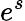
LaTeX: e^{s}